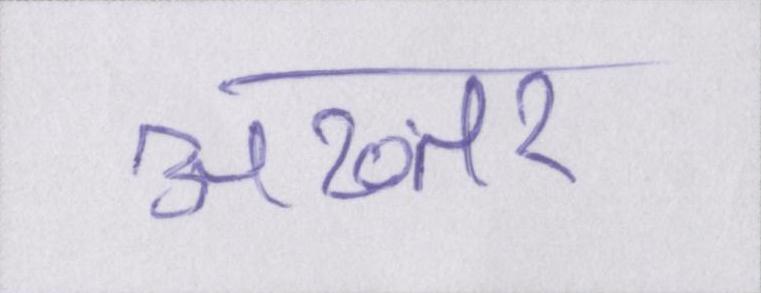
अख्तर